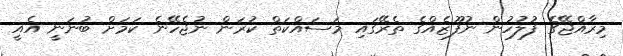
މިރާއްޖޭގެ ފުލުހުން ނުފޫޒެއްގެ ތެރޭގައި މަސައްކަތް ކުރަން ނުޖެހޭނެ ކަމަށް ބުނަނީ އެއީ